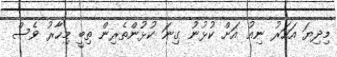
މިދިޔަ އަހަރު ނިއު އަށް ކުޅުނު ގިނަ ކުޅުންތެރިން ތިބީ މިހާރު ވެސް